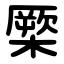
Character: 橜